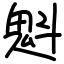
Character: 魁